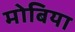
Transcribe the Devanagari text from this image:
मोबिया